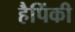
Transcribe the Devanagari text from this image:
हैपिंकी